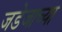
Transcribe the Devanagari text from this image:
जडेजाच्या